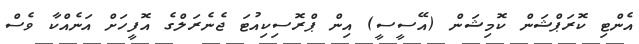
އެންޓި ކޮރަޕްޝަން ކޮމިޝަން (އޭސީސީ) އިން ޕްރޮސިކިއުޓަ ޖެނެރަލްގެ އޮފީހަށް އަނެއްކާ ވެސް